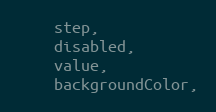
Language: JavaScript
    step,
    disabled,
    value,
    backgroundColor,